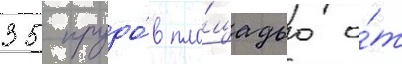
35 прудо́в пло́щадью о́т